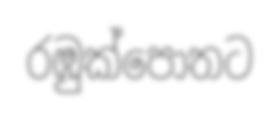
රඹුක්පොතට